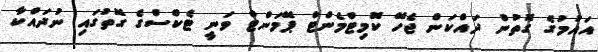
އައުމުގެ ގޮތުން ދައްކަން ޖެހޭ ކޮމިޓްމެންޓް ޕޭމަންޓް ވަނީ ޓެކްސްގެ ގޮތުގައި ނުދައްކާ